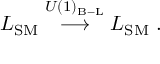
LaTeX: { \cal { L } } _ { \mathrm { S M } } \stackrel { U ( 1 ) _ { \mathrm { B - L } } } { \longrightarrow } { \cal { L } } _ { \mathrm { S M } } ~ .